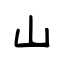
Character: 山